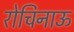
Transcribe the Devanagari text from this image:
रोचिनाऊ